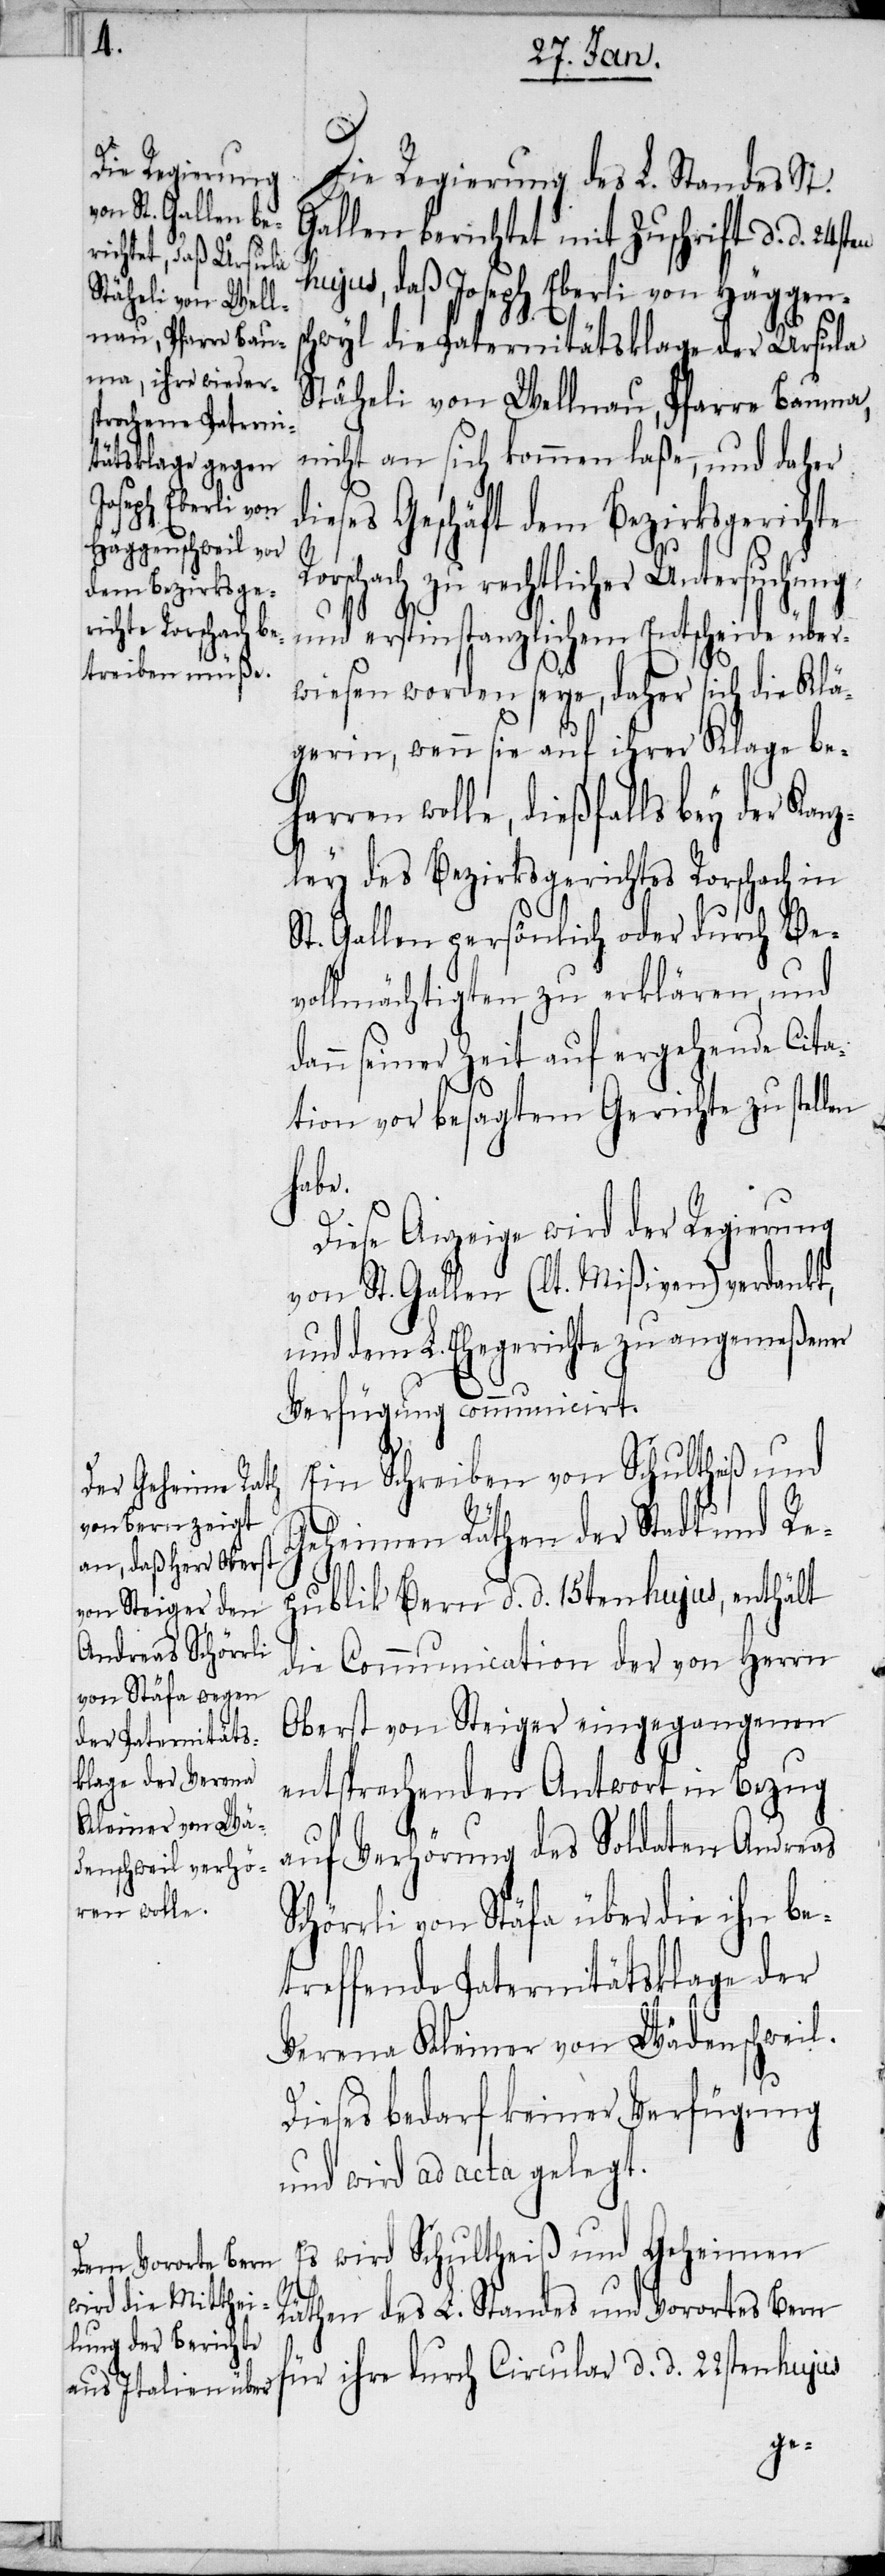
Ror¬

Die Regierung des L. Standes St.
Gallen berichtet mit Zuschrift d. d. 24st¬
hujus, daß Joseph Eberli von Häggens¬
chwyl die Paternitätsklage der Ursula
Stäheli von Wellnau, Pfarre Bauma,
nicht an sich kommen laße, und daher
dieses Geschäft dem Bezirksgerichte
schach zu rechtlicher Untersuchung
und erstinstanzlichem Entscheide über¬
wiesen worden seye, daher sich die Klä¬
gerin, wenn sie auf ihrer Klage be¬
harren wolle, dießfalls bey der Ka¬
nzley des Bezirksgerichtes Rorschach in
St. Gallen persönlich oder durch Be¬
vollmächtigten zu erklären, und
dann seiner Zeit auf ergehende Cita¬
en
tion vor besagtem Gerichte zu stellen
habe.
Diese Anzeige wird der Regierung
von St. Gallen (lt. Mißiven) verdankt,
und dem L. Ehegerichte zu angemeßener
Verfügung communicirt.
Ein Schreiben von Schultheiß und
Geheimen Räthen der Stadt und Re¬
publik Bern d. d. 15ten hujus, enthält
die Communication der von Herrn
Oberst von Steiger eingegangenen
entsprechenden Antwort in Bezug
auf Verhörung des Soldaten Andreas
Schörrli von Stäfa über die ihn be¬
treffende Paternitätsklage der
Verena Kleiner von Wädenschweil.
Dieses bedarf keiner Verfügung
und wird ad acta gelegt.
Es wird Schultheiß und Geheimen
Räthen des L. Standes und Vorortes Bern
für ihre durch Circular d. d. 22sten hujus